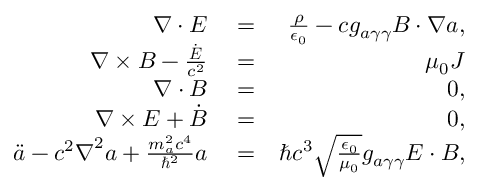
\begin{array} { r l r } { \boldsymbol \nabla \cdot \boldsymbol E } & { { } = } & { \frac { \rho } { \epsilon _ { 0 } } - c g _ { a \gamma \gamma } \boldsymbol B \cdot \boldsymbol \nabla a , } \\ { \boldsymbol \nabla \times \boldsymbol B - \frac { \dot { \boldsymbol E } } { c ^ { 2 } } } & { { } = } & { \mu _ { 0 } \boldsymbol J } \\ { \boldsymbol \nabla \cdot \boldsymbol B } & { { } = } & { 0 , } \\ { \boldsymbol \nabla \times \boldsymbol E + \dot { \boldsymbol B } } & { { } = } & { 0 , } \\ { \ddot { a } - c ^ { 2 } \boldsymbol \nabla ^ { 2 } a + \frac { m _ { a } ^ { 2 } c ^ { 4 } } { \hbar ^ { 2 } } a } & { { } = } & { \hbar c ^ { 3 } \sqrt { \frac { \epsilon _ { 0 } } { \mu _ { 0 } } } g _ { a \gamma \gamma } \boldsymbol E \cdot \boldsymbol B , } \end{array}